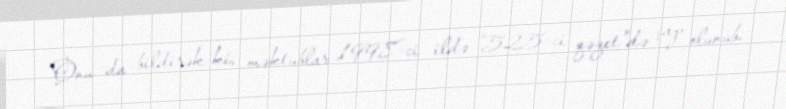
Onu da bildirək ki, məktublar 1998-ci ildə “525-ci qəzet”də çap olunub.